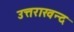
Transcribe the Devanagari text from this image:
उत्तराखन्द